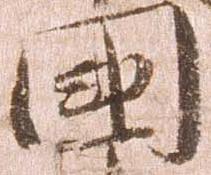
国